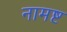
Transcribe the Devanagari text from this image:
नामष्ट